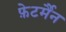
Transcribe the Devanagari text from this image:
फ़ेटर्मैन